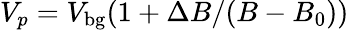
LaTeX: V_{p}=V_{\mathrm{bg}}(1+\Delta B/(B-B_{0}))